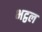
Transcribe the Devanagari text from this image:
भट्ठल